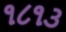
૧૮૧૩